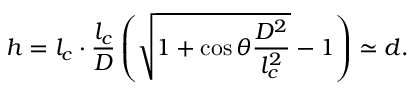
h = l _ { c } \cdot \frac { l _ { c } } { D } \left( \sqrt { 1 + \cos \theta \frac { D ^ { 2 } } { l _ { c } ^ { 2 } } } - 1 \right) \simeq d .